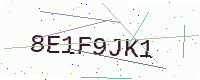
Text: 8E1F9JK1